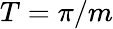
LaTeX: T=\pi/m